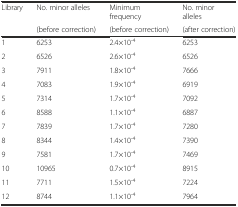
<table><thead><tr><td rowspan="2"><b>Library</b></td><td><b>No. minor alleles</b></td><td><b>Minimum frequency</b></td><td><b>No. minor alleles</b></td></tr><tr><td><b>(before correction)</b></td><td><b>(before correction)</b></td><td><b>(after correction)</b></td></tr></thead><tbody><tr><td>1</td><td>6253</td><td>2.4×10<sup>-4</sup></td><td>6253</td></tr><tr><td>2</td><td>6526</td><td>2.6×10<sup>-4</sup></td><td>6526</td></tr><tr><td>3</td><td>7911</td><td>1.8×10<sup>-4</sup></td><td>7666</td></tr><tr><td>4</td><td>7083</td><td>1.9×10<sup>-4</sup></td><td>6919</td></tr><tr><td>5</td><td>7314</td><td>1.7×10<sup>-4</sup></td><td>7092</td></tr><tr><td>6</td><td>8588</td><td>1.1×10<sup>-4</sup></td><td>6887</td></tr><tr><td>7</td><td>7839</td><td>1.7×10<sup>-4</sup></td><td>7280</td></tr><tr><td>8</td><td>8344</td><td>1.4×10<sup>-4</sup></td><td>7390</td></tr><tr><td>9</td><td>7581</td><td>1.7×10<sup>-4</sup></td><td>7469</td></tr><tr><td>10</td><td>10965</td><td>0.7×10<sup>-4</sup></td><td>8915</td></tr><tr><td>11</td><td>7711</td><td>1.5×10<sup>-4</sup></td><td>7224</td></tr><tr><td>12</td><td>8744</td><td>1.1×10<sup>-4</sup></td><td>7964</td></tr></tbody></table>